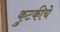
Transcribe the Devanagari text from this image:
कुटकीचे